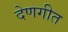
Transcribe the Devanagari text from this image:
देणगीत